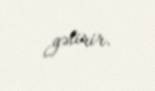
gətirir.